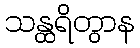
သန္ထရိတွာန